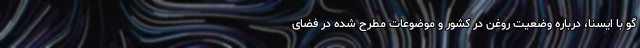
گو با ایسنا، درباره وضعیت روغن در کشور و موضوعات مطرح شده در فضای